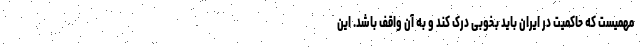
مهمیست که حاکمیت در ایران باید بخوبی درک کند و به آن واقف باشد. این